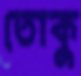
তোকু